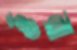
ওঁরা